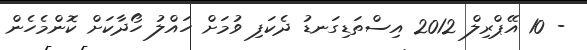
- 10 އޭޕްރިލް 2012 އިސްތަޑިގަނޑު ދެކަފި ވުމަށް ހައްލު ހޯދާކަށް ކޮންމެހެން